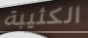
الكئيبة